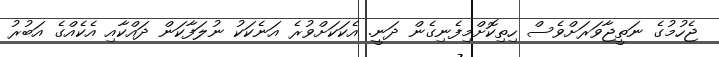
ޖެހުމުގެ ނަތީޖާވަރަށްވެސް ހިތިކޮށްމިފެނިގެން ދަނީ. އެކަކަށްވުރެ އަނެކަކު ނުލަފާކަން ދައްކާއި އެކެއްގެ އަބުރު